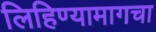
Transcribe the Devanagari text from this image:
लिहिण्यामागचा